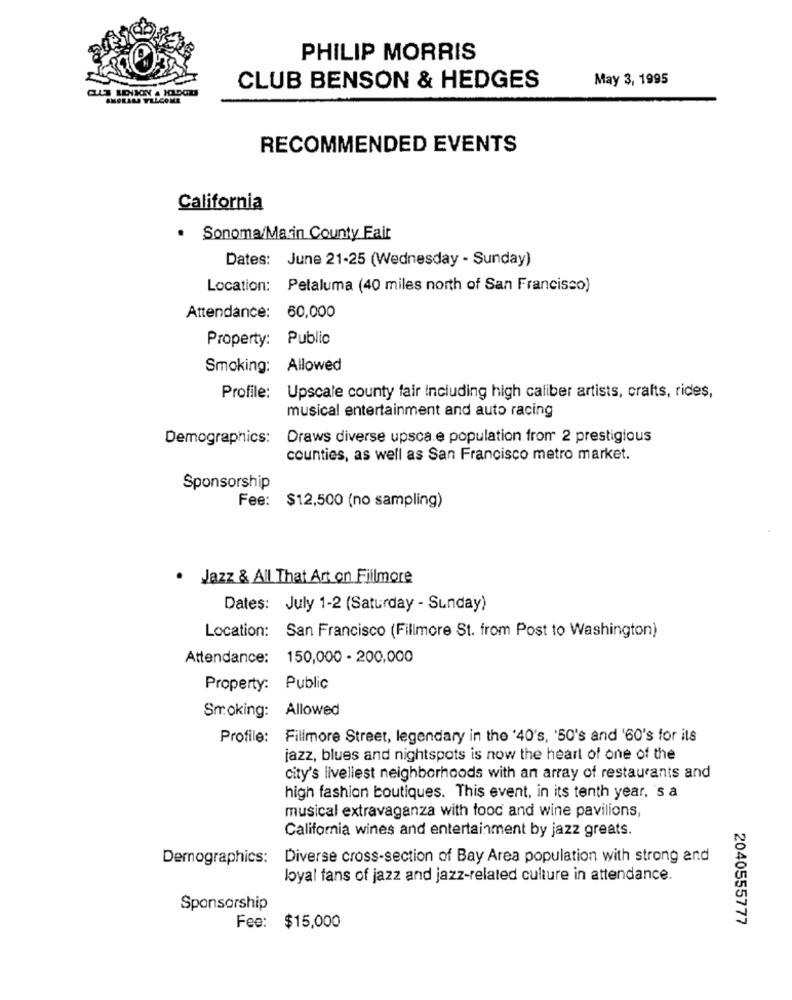
PHILIP MORRIS
May 3, 1995
CLUB BENSON & HEDGES
AMORADA WELCOME
RECOMMENDED EVENTS
California
. Sonoma/Marin County Fair
Dates: June 21-25 (Wednesday - Sunday)
Location: Petaluma (40 miles north of San Francisco)
Attendance: 60,000
Property: Public
Smoking: Allowed
Profile: Upscale county fair including high caliber artists, crafts, rides,
musical entertainment and auto racing
Demographics:
Draws diverse upsca.e population from 2 prestigious
counties, as well as San Francisco metro market.
Sponsorship
Fee: $12,500 (no sampling)
. Jazz & All That Art on Fillmore
Dates: July 1-2 (Saturday - Sunday)
Location: San Francisco (Fillmore St. from Post to Washington)
Attendance: 150,000 - 200.000
Property: Public
Smoking: Allowed
Profile: Fillmore Street, legendary in the '40's, '50's and '60's for its
jazz, blues and nightspots is now the heart of one of the
city's liveliest neighborhoods with an array of restaurants and
high fashion boutiques. This event, in its tenth year, 's a
musical extravaganza with food and wine pavilions,
California wines and entertainment by jazz greats.
Demographics: Diverse cross-section of Bay Area population with strong and
loyal fans of jazz and jazz-related culture in attendance.
Sponsorship
2040555777
Fee: $15,000